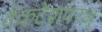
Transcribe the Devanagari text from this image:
वेंकटेशपरभू